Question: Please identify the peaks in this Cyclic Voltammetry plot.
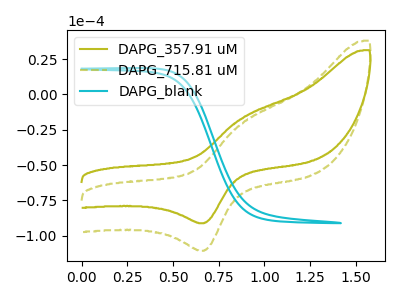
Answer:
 <answer>The olive curve "DAPG_357.91 uM" has an anodic peak at (0.90V, -16.15uA) and a cathodic peak at (0.65V, -91.15uA). The olive dashed curve "DAPG_715.81 uM" has an anodic peak at (0.90V, -19.60uA) and a cathodic peak at (0.65V, -110.65uA). The cyan curve "DAPG_blank" has no peaks.</answer>
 <eval></eval>